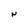
Character: N